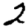
Digit: 2